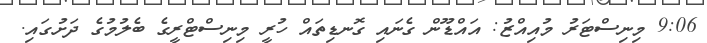
9:06 މިނިސްޓަރު މުއިއްޒު: އައްޑޫން ގެނައި ގޮނޑިތައް ހުރީ މިނިސްޓްރީގެ ބެލުމުގެ ދަށުގައި.